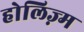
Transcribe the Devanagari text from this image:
होलिज़्म